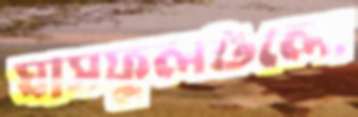
ঘাসফুলগুলো